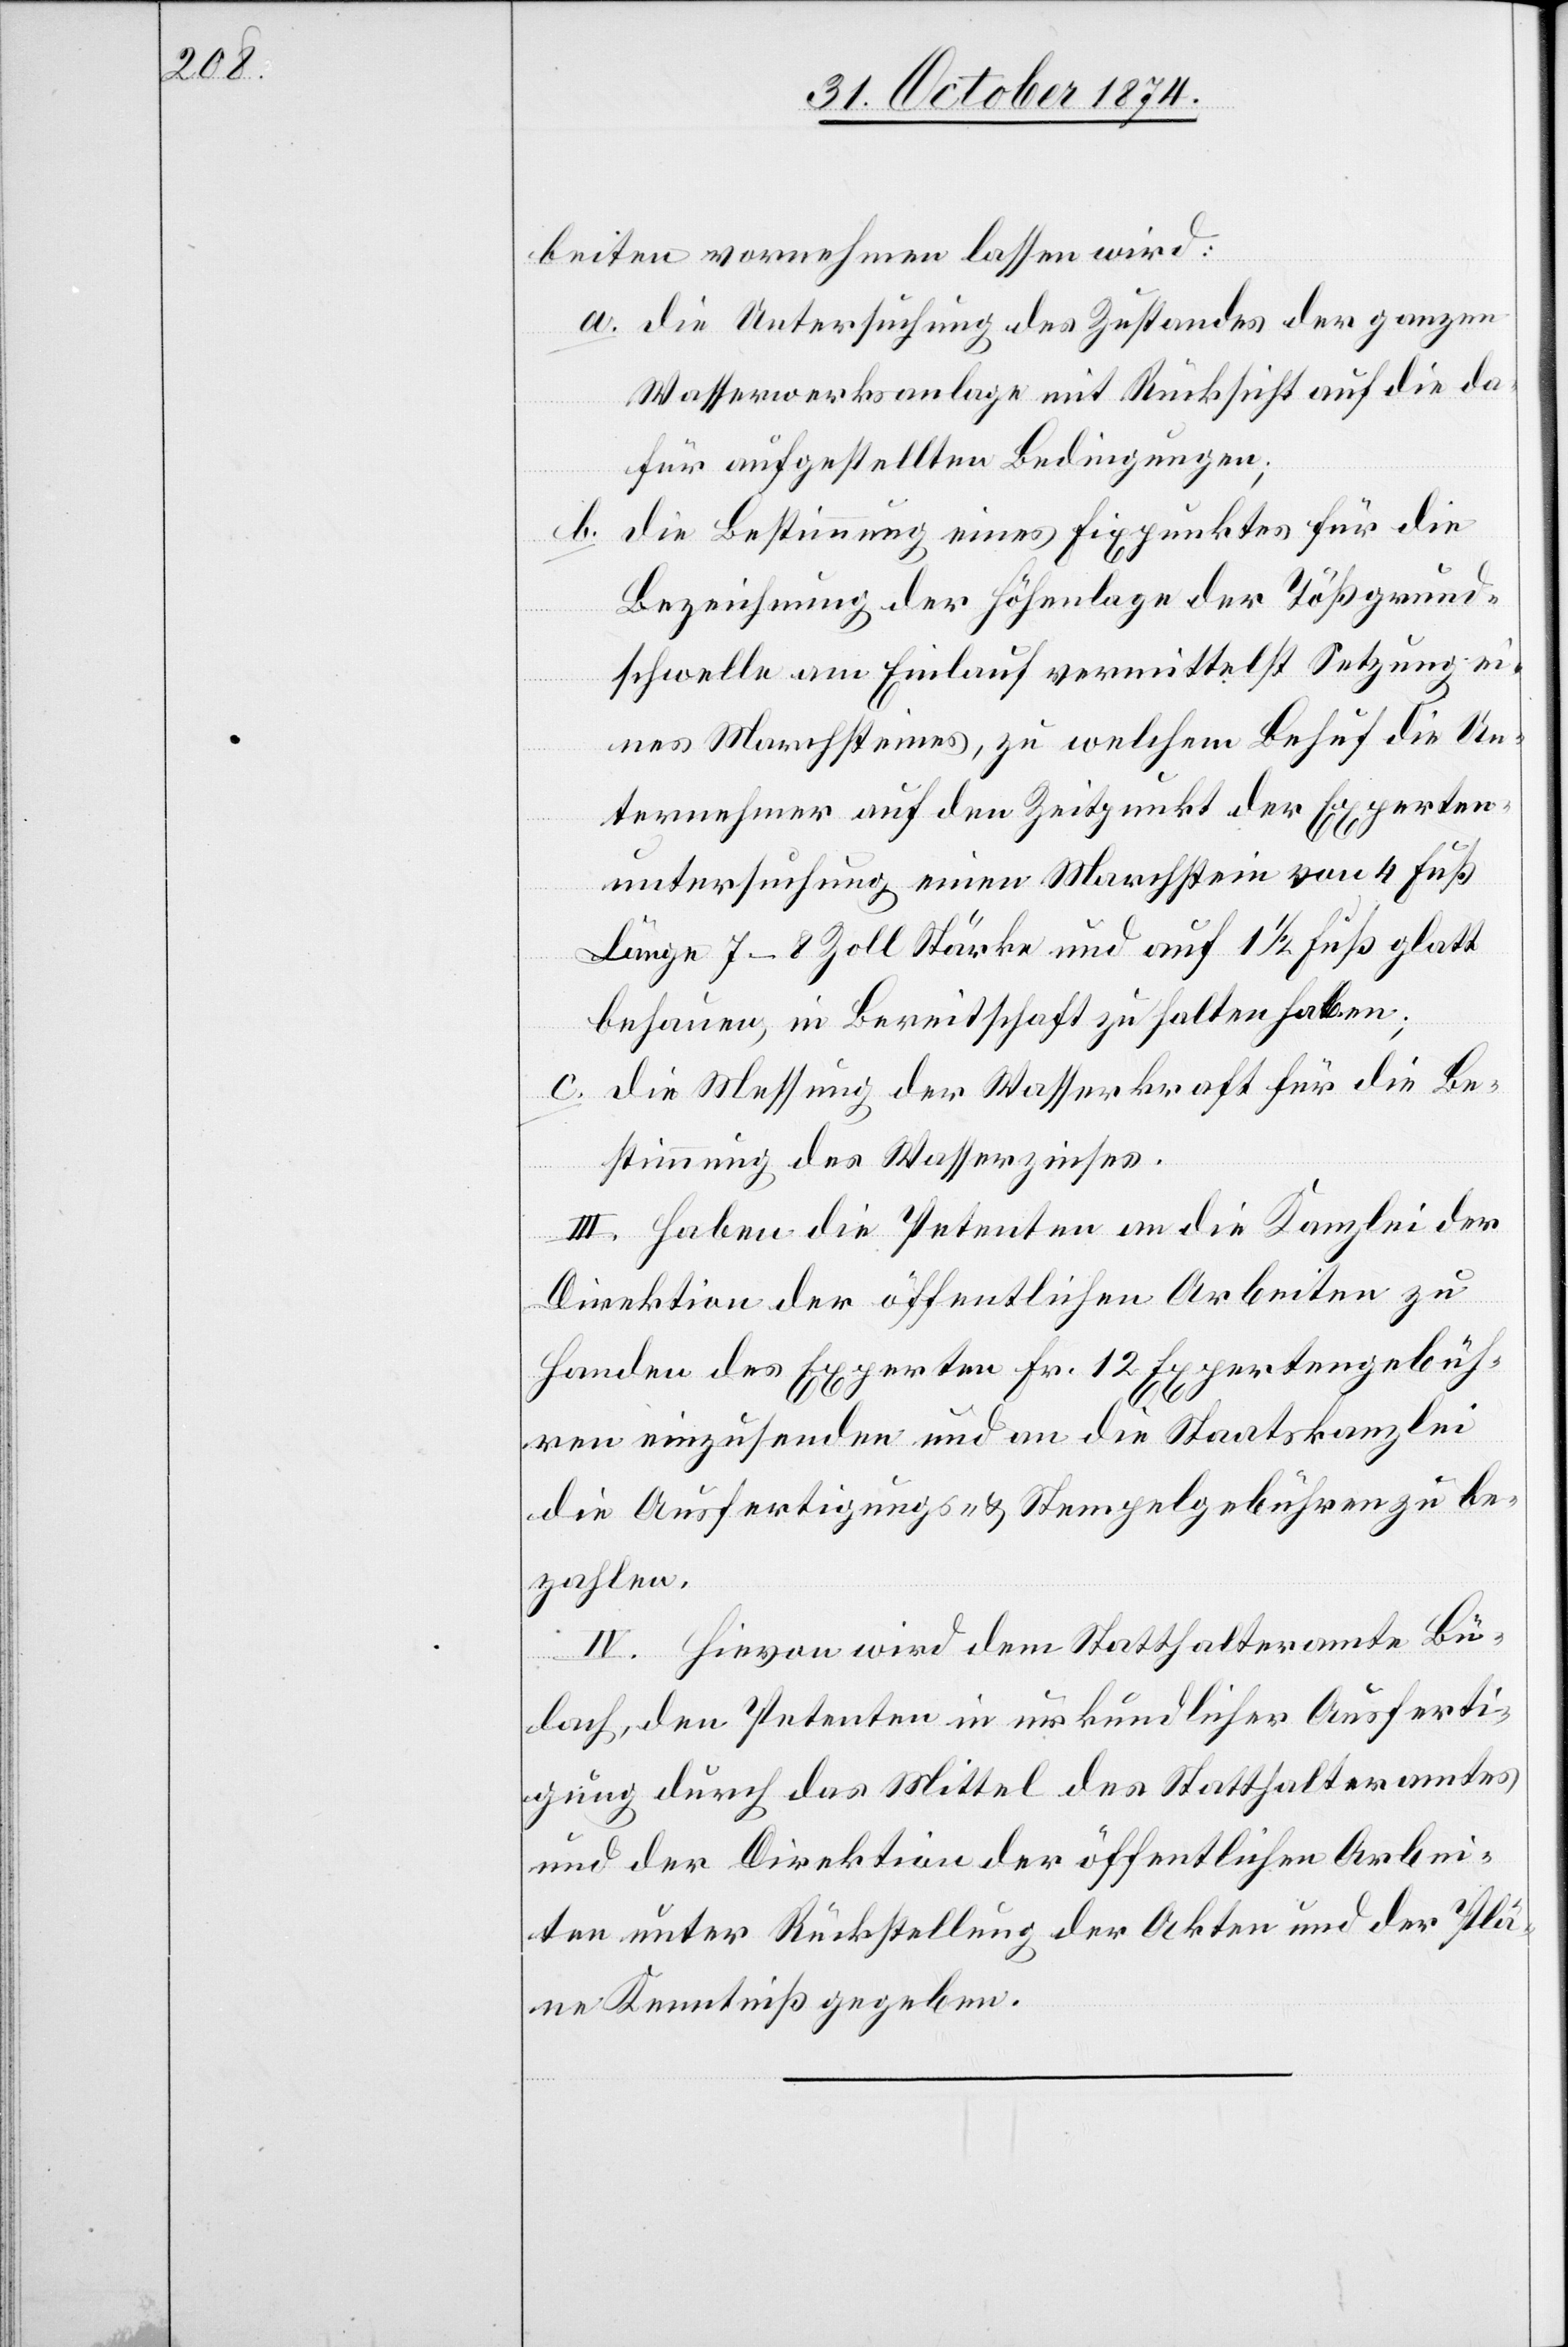
beiten vornehmen lassen wird:
a. die Untersuchung des Zustandes der ganzen
Wasserwerksanlage mit Rücksicht auf die da¬
für aufgestellten Bedingungen;
die Bestimmung eines Fixpunktes für die
b.
Bezeichnung der Höhenlage der Tößgrund¬
schwelle am Einlauf vermittelst Setzung ei¬
nes Marchsteines, zu welchem Behuf die Un¬
ternehmer auf den Zeitpunkt der Experten¬
untersuchung einen Marchstein von 4 Fuß
Länge[,] 7–8 Zoll Stärke und auf 1 1/2 Fuß glatt
behauen, in Bereitschaft zu halten haben;
c. die Messung der Wasserkraft für die Be¬
stimmung des Wasserzinses.
III. Haben die Petenten an die Kanzlei der
Direktion der öffentlichen Arbeiten zu
Handen des Experten Fr. 12 Expertengebüh¬
ren einzusenden und an die Staatskanzlei
die Ausfertigungs- & Stempelgebühren zu be¬
zahlen.
IV. Hievon wird dem Statthalteramte Bü¬
lach, den Petenten in urkundlicher Ausferti¬
gung durch das Mittel des Statthalteramtes
und der Direktion der öffentlichen Arbei¬
ten unter Rückstellung der Akten und der Plä¬
ne Kenntniß gegeben.